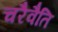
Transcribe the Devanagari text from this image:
चरैवैति